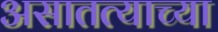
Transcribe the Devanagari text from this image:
असातत्याच्या